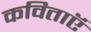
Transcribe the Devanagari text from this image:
कविताऍ